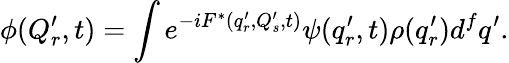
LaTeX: \phi(Q_{r}^{\prime},t)=\int e^{-iF^{*}(q_{r}^{\prime},Q_{s}^{\prime},t)}\psi(q_{r}^{\prime},t)\rho(q_{r}^{\prime})d^{f}q^{\prime}.